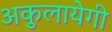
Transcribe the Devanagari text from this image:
अकुलायेगी